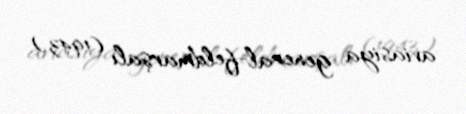
aviasiya general-feldmarşalı (1943).